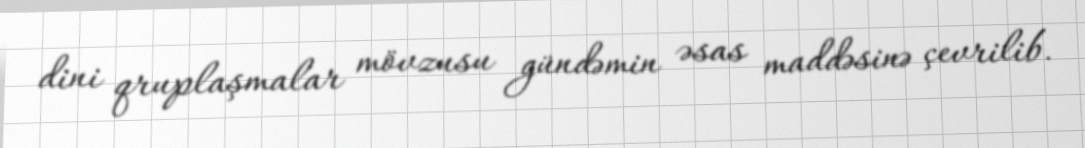
dini qruplaşmalar mövzusu gündəmin əsas maddəsinə çevrilib.